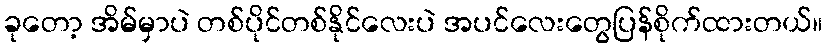
ခုတော့ အိမ်မှာပဲ တစ်ပိုင်တစ်နိုင်လေးပဲ အပင်လေးတွေပြန်စိုက်ထားတယ်။